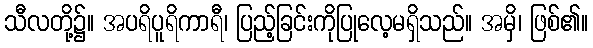
သီလတို့၌။ အပရိပူရိကာရီ၊ ပြည့်ခြင်းကိုပြုလေ့မရှိသည်။ အမှိ၊ ဖြစ်၏။